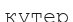
күтер